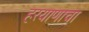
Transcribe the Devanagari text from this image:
हरयाणाचा